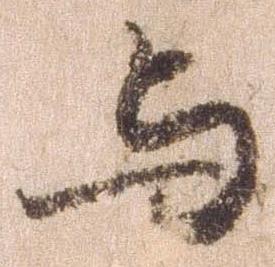
与